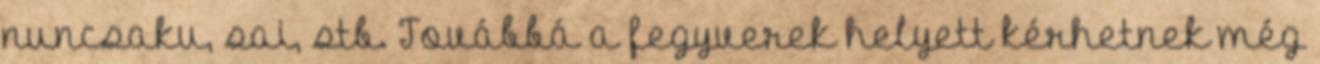
nuncsaku, sai, stb. Továbbá a fegyverek helyett kérhetnek még